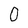
Character: O